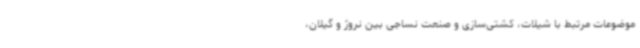
موضوعات مرتبط با شیلات، کشتی‌سازی و صنعت نساجی بین نروژ و گیلان،